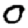
Digit: 0